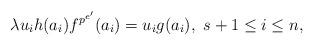
LaTeX: \begin{align*} \lambda u_ih(a_i)f^{p^{e'}}(a_i)=u_ig(a_i),\ s+1\leq i\leq n,\end{align*}